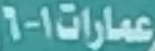
عمارات1-6